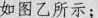
如图所示；